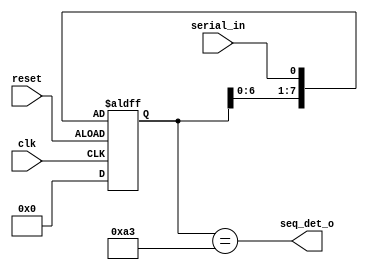
// Detecting a big sequence -> 1010_0011
module day14(
  input wire clk,
  input wire reset,
  input wire serial_in,
  output wire seq_det_o
);
  
  reg [7:0] shift_reg;
 wire [7:0] shift_next;
  
  always@(posedge clk or negedge reset)
    begin
      if(reset)
        shift_reg <= 8'h0;
      else
        shift_reg <= shift_next;
 	 end
  assign shift_next = {shift_reg[6:0],serial_in};
  
  assign seq_det_o = (shift_reg[7:0] == 8'b1010_0011);
  
endmodule